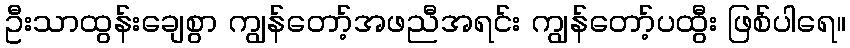
ဦးသာထွန်းချေစွာ ကျွန်တော့်အဖညီအရင်း ကျွန်တော့်ပထွီး ဖြစ်ပါရေ။